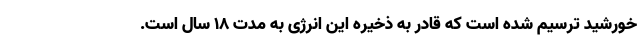
خورشید ترسیم شده است که قادر به ذخیره این انرژی به مدت ۱۸ سال است.